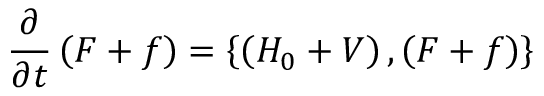
\frac { \partial } { \partial t } \left( F + f \right) = \left\{ \left( H _ { 0 } + V \right) , \left( F + f \right) \right\}